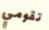
تقومي